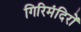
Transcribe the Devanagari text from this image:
गिरिमंदिरों